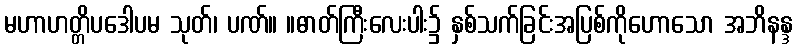
မဟာဟတ္တိပဒေါပမ သုတ်၊ ပဏ်။ ။ဓာတ်ကြီးလေးပါး၌ နှစ်သက်ခြင်းအပြစ်ကိုဟောသော အဘိနန္ဒ